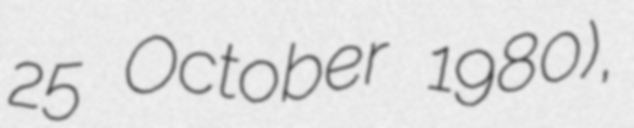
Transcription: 25 October 1980),